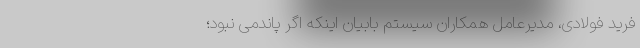
فرید فولادی، مدیرعامل همکاران سیستم بابیان اینکه اگر پاندمی نبود؛